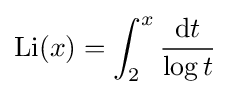
\operatorname {Li} (x)=\int _{2}^{x}{\frac {\mathrm {d} t}{\log t}}